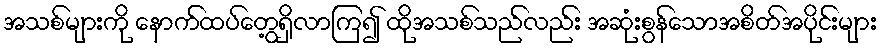
အသစ်များကို နောက်ထပ်တွေ့ရှိလာကြ၍ ထိုအသစ်သည်လည်း အဆုံးစွန်သောအစိတ်အပိုင်းများ